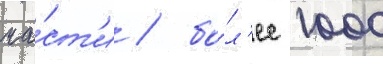
ча́ст'и / бо́л'ее 1000